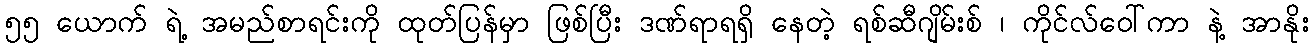
၅၅ ယောက် ရဲ့ အမည်စာရင်းကို ထုတ်ပြန်မှာ ဖြစ်ပြီး ဒဏ်ရာရရှိ နေတဲ့ ရစ်ဆီဂျိမ်းစ် ၊ ကိုင်လ်ဝေါ်ကာ နဲ့ အာနိုး